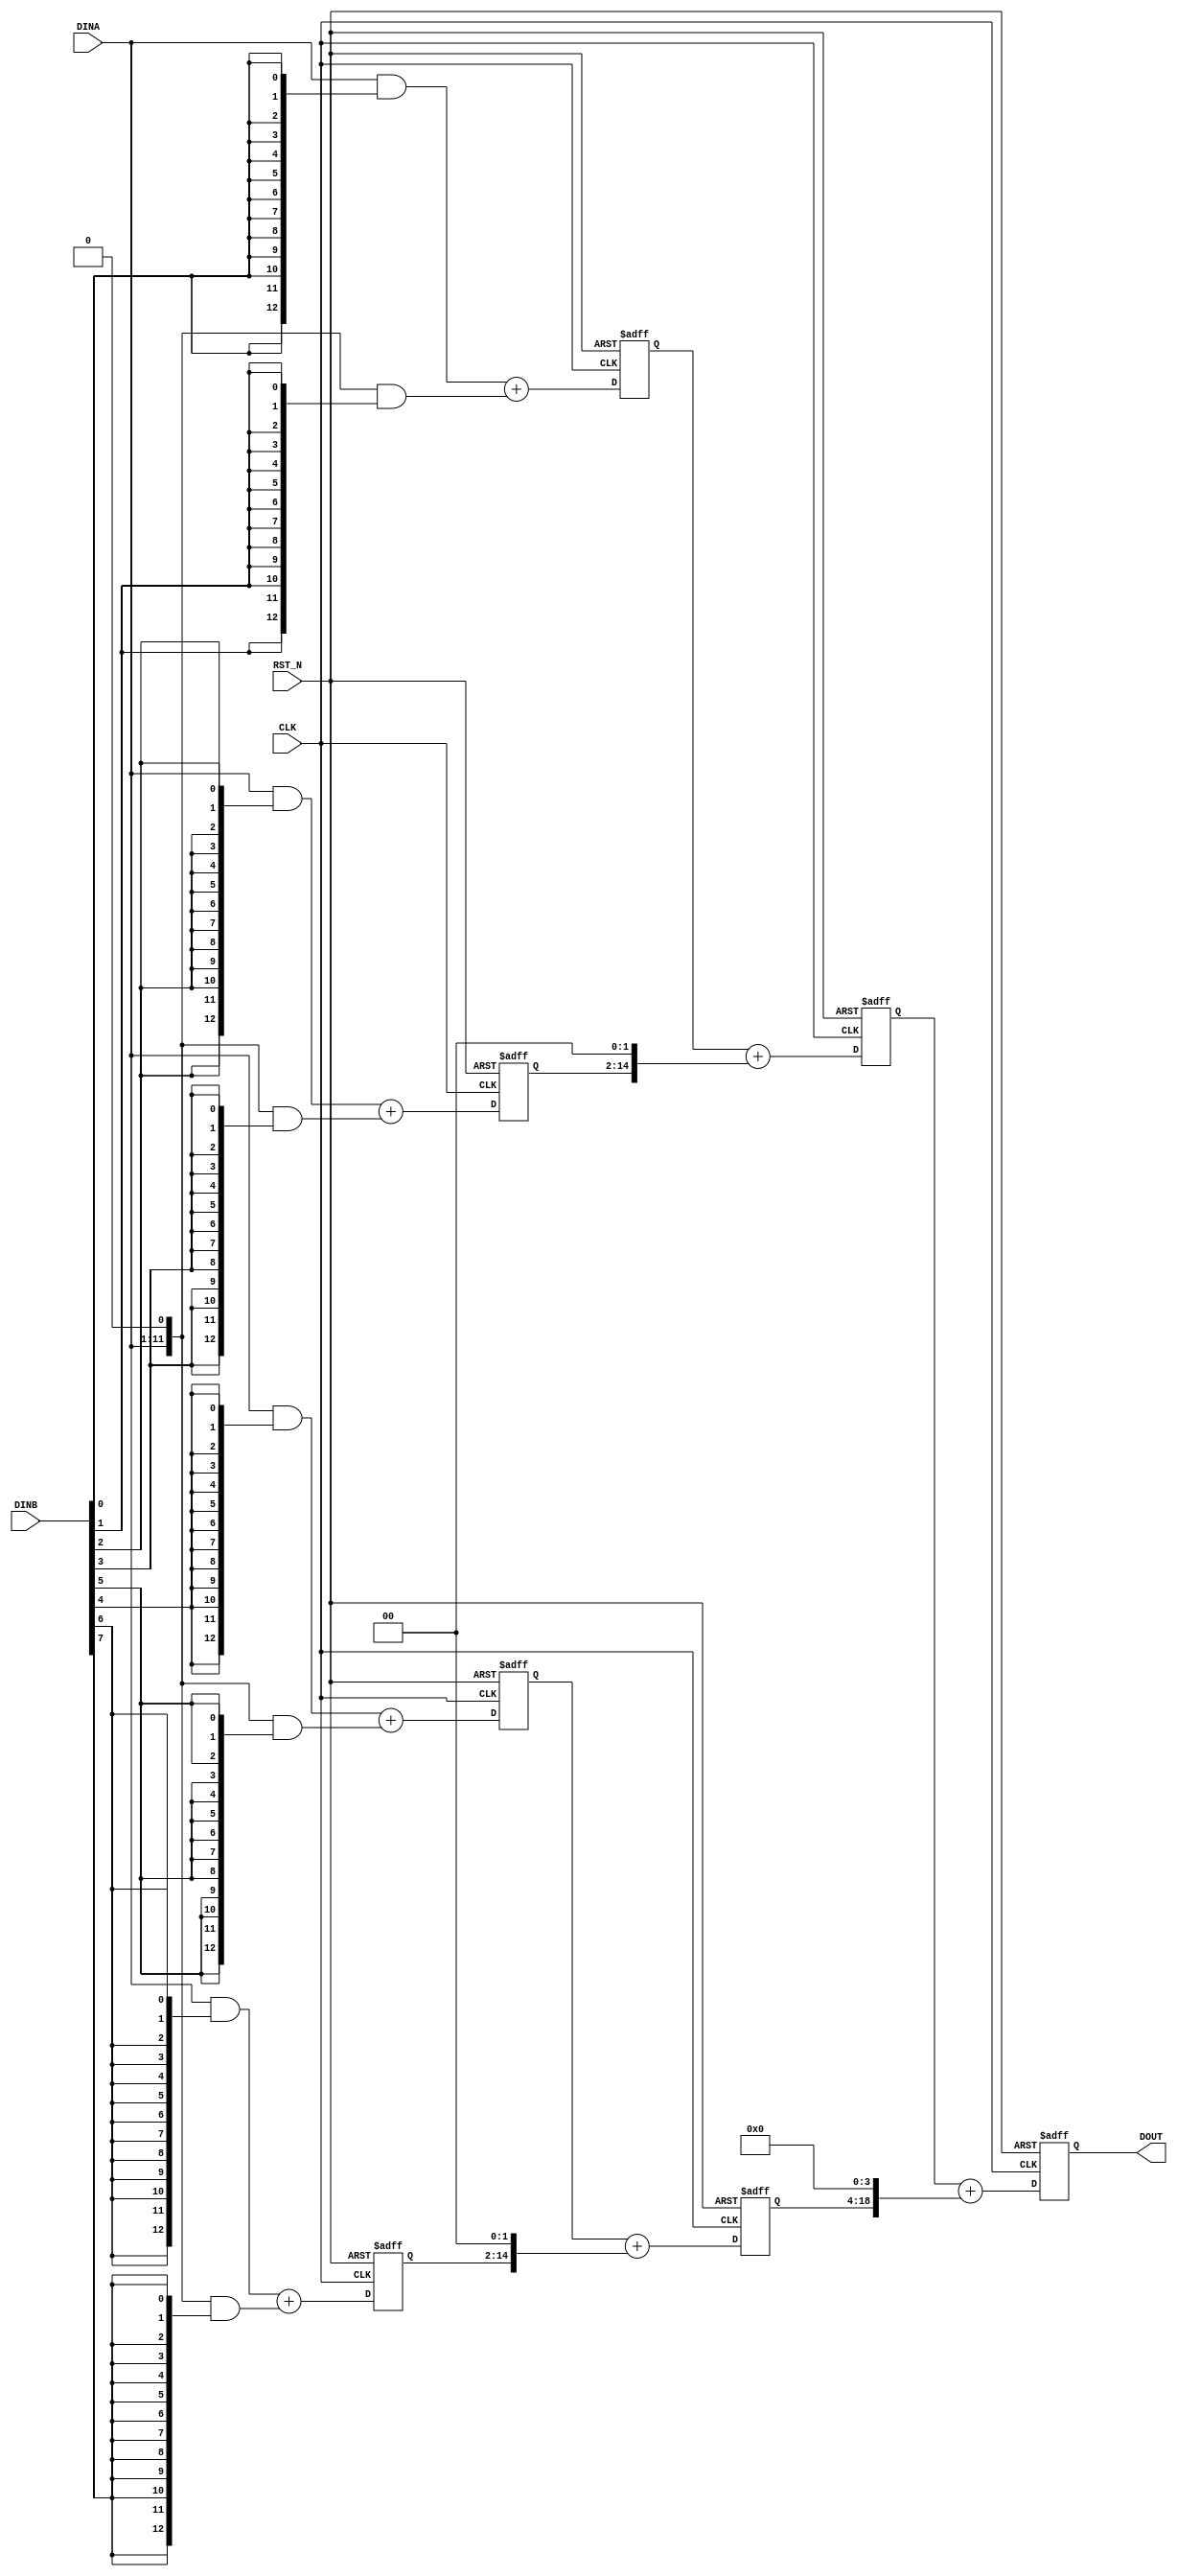
/*
 * Copyright (C)2006-2015 AQUAXIS TECHNOLOGY.
 *  Don't remove this header. 
 * When you use this source, there is a need to inherit this header.
 *
 * License
 *  For no commercial -
 *   License:     The Open Software License 3.0
 *   License URI: http://www.opensource.org/licenses/OSL-3.0
 *
 *  For commmercial -
 *   License:     AQUAXIS License 1.0
 *   License URI: http://www.aquaxis.com/licenses
 *
 * For further information please contact.
 *	URI:    http://www.aquaxis.com/
 */
module aq_mul11x8(
	input			RST_N,
	input			CLK,
	input [10:0]	DINA,
	input [7:0]		DINB,
	output [18:0]	DOUT
);

reg [12:0] x0r, x1r, x2r, x3r;
reg [14:0] y0r, y1r;
reg [18:0] z0r;

always @(negedge RST_N or posedge CLK) begin
	if(!RST_N) begin
		x0r <= 13'd0;
		x1r <= 13'd0;
		x2r <= 13'd0;
		x3r <= 13'd0;
		y0r <= 15'd0;
		y1r <= 15'd0;
		z0r <= 19'd0;
	end else begin
		// 1st
		x0r <= ((({2'b 00,DINA[10:0] }) & {DINB[0] ,DINB[0] ,DINB[0] ,DINB[0] ,DINB[0] ,DINB[0] ,DINB[0] ,DINB[0] ,DINB[0] ,DINB[0] ,DINB[0] ,DINB[0] ,DINB[0] })) + ((({1'b 0,DINA[10:0] ,1'b 0}) & {DINB[1] ,DINB[1] ,DINB[1] ,DINB[1] ,DINB[1] ,DINB[1] ,DINB[1] ,DINB[1] ,DINB[1] ,DINB[1] ,DINB[1] ,DINB[1] ,DINB[1] }));
		x1r <= ((({2'b 00,DINA[10:0] }) & {DINB[2] ,DINB[2] ,DINB[2] ,DINB[2] ,DINB[2] ,DINB[2] ,DINB[2] ,DINB[2] ,DINB[2] ,DINB[2] ,DINB[2] ,DINB[2] ,DINB[2] })) + ((({1'b 0,DINA[10:0] ,1'b 0}) & {DINB[3] ,DINB[3] ,DINB[3] ,DINB[3] ,DINB[3] ,DINB[3] ,DINB[3] ,DINB[3] ,DINB[3] ,DINB[3] ,DINB[3] ,DINB[3] ,DINB[3] }));
		x2r <= ((({2'b 00,DINA[10:0] }) & {DINB[4] ,DINB[4] ,DINB[4] ,DINB[4] ,DINB[4] ,DINB[4] ,DINB[4] ,DINB[4] ,DINB[4] ,DINB[4] ,DINB[4] ,DINB[4] ,DINB[4] })) + ((({1'b 0,DINA[10:0] ,1'b 0}) & {DINB[5] ,DINB[5] ,DINB[5] ,DINB[5] ,DINB[5] ,DINB[5] ,DINB[5] ,DINB[5] ,DINB[5] ,DINB[5] ,DINB[5] ,DINB[5] ,DINB[5] }));
		x3r <= ((({2'b 00,DINA[10:0] }) & {DINB[6] ,DINB[6] ,DINB[6] ,DINB[6] ,DINB[6] ,DINB[6] ,DINB[6] ,DINB[6] ,DINB[6] ,DINB[6] ,DINB[6] ,DINB[6] ,DINB[6] })) + ((({1'b 0,DINA[10:0] ,1'b 0}) & {DINB[7] ,DINB[7] ,DINB[7] ,DINB[7] ,DINB[7] ,DINB[7] ,DINB[7] ,DINB[7] ,DINB[7] ,DINB[7] ,DINB[7] ,DINB[7] ,DINB[7] }));
		// 2nd
		y0r <= ({2'b 00,x0r[12:0] }) + ({x1r[12:0] ,2'b 00});
		y1r <= ({2'b 00,x2r[12:0] }) + ({x3r[12:0] ,2'b 00});
		// 3rd
		z0r <= ({4'b 0000,y0r[14:0] }) + ({y1r[14:0] ,4'b 0000});
	end
end

assign DOUT = z0r;

endmodule